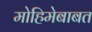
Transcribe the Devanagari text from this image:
मोहिमेबाबत